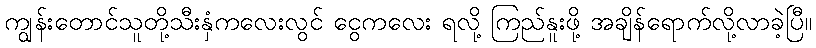
ကျွန်းတောင်သူတို့သီးနှံကလေးလွင် ငွေကလေး ရလို့ ကြည်နူးဖို့ အချိန်ရောက်လို့လာခဲ့ပြီ။